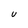
Character: U